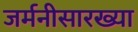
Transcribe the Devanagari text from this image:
जर्मनीसारख्या